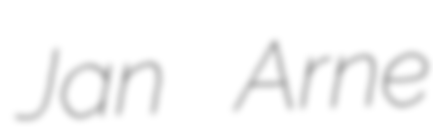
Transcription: Jan Arne